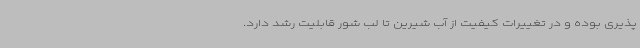
‌پذیری بوده و در تغییرات کیفیت از آب شیرین تا لب شور قابلیت رشد دارد.